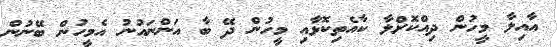
އާއިލާ މީހުން ދިއްކޮށްލާ ކާއެތިކޮޅާއި މީހުން ދޭ ބާ އަންނައުނު އެމީހުން ބޭނުން